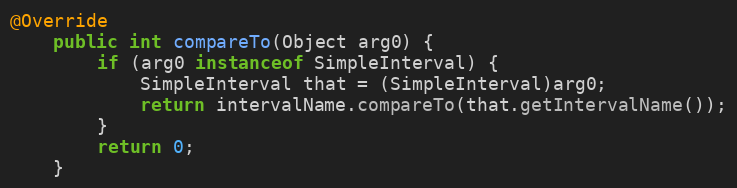
Language: Java
@Override
	public int compareTo(Object arg0) {
		if (arg0 instanceof SimpleInterval) {
			SimpleInterval that = (SimpleInterval)arg0;
			return intervalName.compareTo(that.getIntervalName());
		}
		return 0;
	}